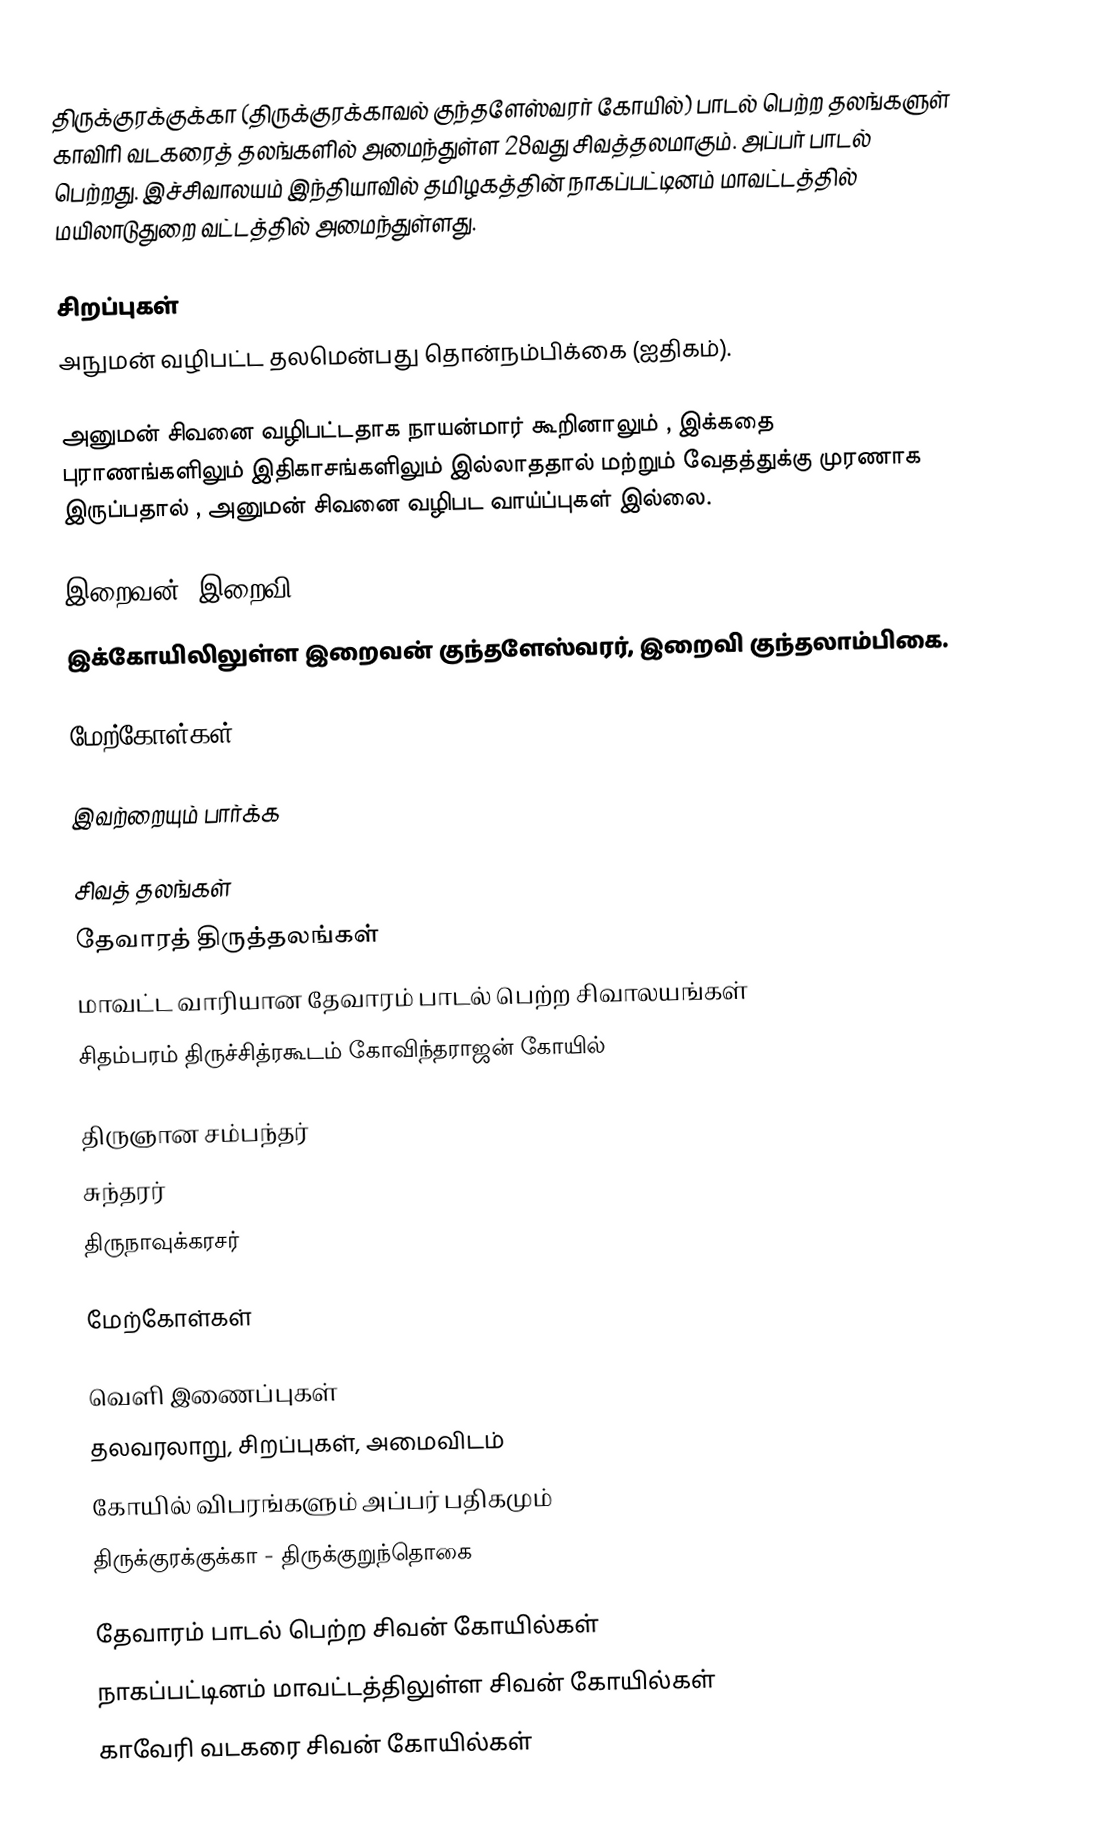
திருக்குரக்குக்கா (திருக்குரக்காவல் குந்தளேஸ்வரர் கோயில்) பாடல் பெற்ற தலங்களுள் காவிரி வடகரைத் தலங்களில் அமைந்துள்ள 28வது சிவத்தலமாகும். அப்பர் பாடல் பெற்றது. இச்சிவாலயம் இந்தியாவில் தமிழகத்தின் நாகப்பட்டினம் மாவட்டத்தில்  மயிலாடுதுறை வட்டத்தில் அமைந்துள்ளது.

சிறப்புகள்
அநுமன் வழிபட்ட தலமென்பது தொன்நம்பிக்கை (ஐதிகம்).

அனுமன் சிவனை வழிபட்டதாக நாயன்மார் கூறினாலும் , இக்கதை புராணங்களிலும் இதிகாசங்களிலும் இல்லாததால் மற்றும் வேதத்துக்கு முரணாக இருப்பதால் , அனுமன் சிவனை வழிபட வாய்ப்புகள் இல்லை.

இறைவன், இறைவி
இக்கோயிலிலுள்ள இறைவன் குந்தளேஸ்வரர், இறைவி குந்தலாம்பிகை.

மேற்கோள்கள்

இவற்றையும் பார்க்க

 சிவத் தலங்கள்
 தேவாரத் திருத்தலங்கள்
 மாவட்ட வாரியான தேவாரம் பாடல் பெற்ற சிவாலயங்கள்
 சிதம்பரம் திருச்சித்ரகூடம் கோவிந்தராஜன் கோயில்

 திருஞான சம்பந்தர்
 சுந்தரர்
 திருநாவுக்கரசர்

மேற்கோள்கள்

வெளி இணைப்புகள்
 தலவரலாறு, சிறப்புகள், அமைவிடம்
 கோயில் விபரங்களும் அப்பர் பதிகமும்
 திருக்குரக்குக்கா - திருக்குறுந்தொகை

தேவாரம் பாடல் பெற்ற சிவன் கோயில்கள்
நாகப்பட்டினம் மாவட்டத்திலுள்ள சிவன் கோயில்கள்
காவேரி வடகரை சிவன் கோயில்கள்